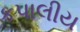
કપાલીય